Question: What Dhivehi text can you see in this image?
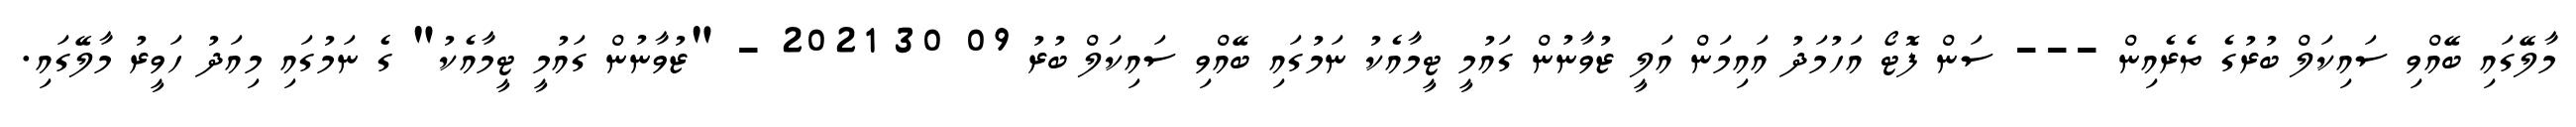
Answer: މާލޭގައި ބޭއްވި ސައިކަލް ބުރުގެ ތެރެއިން --- ސަން ފޮޓޯ އަހުމަދު އައިމަން އަލީ ޒުވާނުން ގައުމީ ޓީމާއެކު ނަމުގައި ބޭއްވި ސައިކަލް ބުރު 09 30 2021 - "ޒުވާނުން ގައުމީ ޓީމާއެކު" ގެ ނަމުގައި މިއަދު ހަވީރު މާލޭގައި.